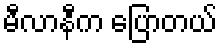
မီလာနီက ပြောတယ်